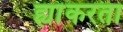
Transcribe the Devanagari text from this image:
ह्यांकरता